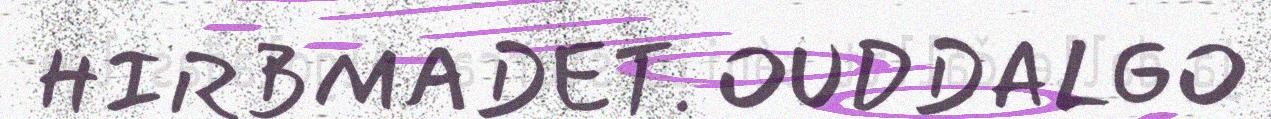
HIRBMADET. OUDDALGO